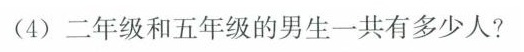
（4）二年级和五年级的男生一共有多少人？